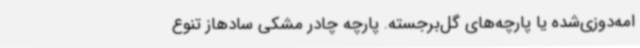
امه‌دوزی‌شده یا پارچه‌های گل‌برجسته. پارچه چادر مشکی سادهاز تنوع